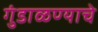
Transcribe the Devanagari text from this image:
गुंडाळण्याचे